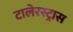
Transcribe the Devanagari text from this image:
टालेरस्ट्रास